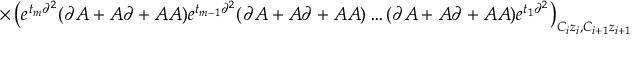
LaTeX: \times \left( e ^ { t _ { m } \partial ^ { 2 } } ( \partial A + A \partial + A A ) e ^ { t _ { m - 1 } \partial ^ { 2 } } ( \partial A + A \partial + A A ) \ldots ( \partial A + A \partial + A A ) e ^ { t _ { 1 } \partial ^ { 2 } } \right) _ { C _ { i } z _ { i } , C _ { i + 1 } z _ { i + 1 } }